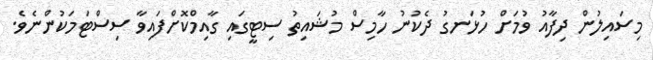
މިސައިލުން ދިފާއު ވުމަށް ހުޅަނގު ދެކުނު ހާމިސް މުޝައިތު ސިޓީގައި ގާއިމްކޮށްފައިވާ ސިސްޓަމަކުންނެެވެ.